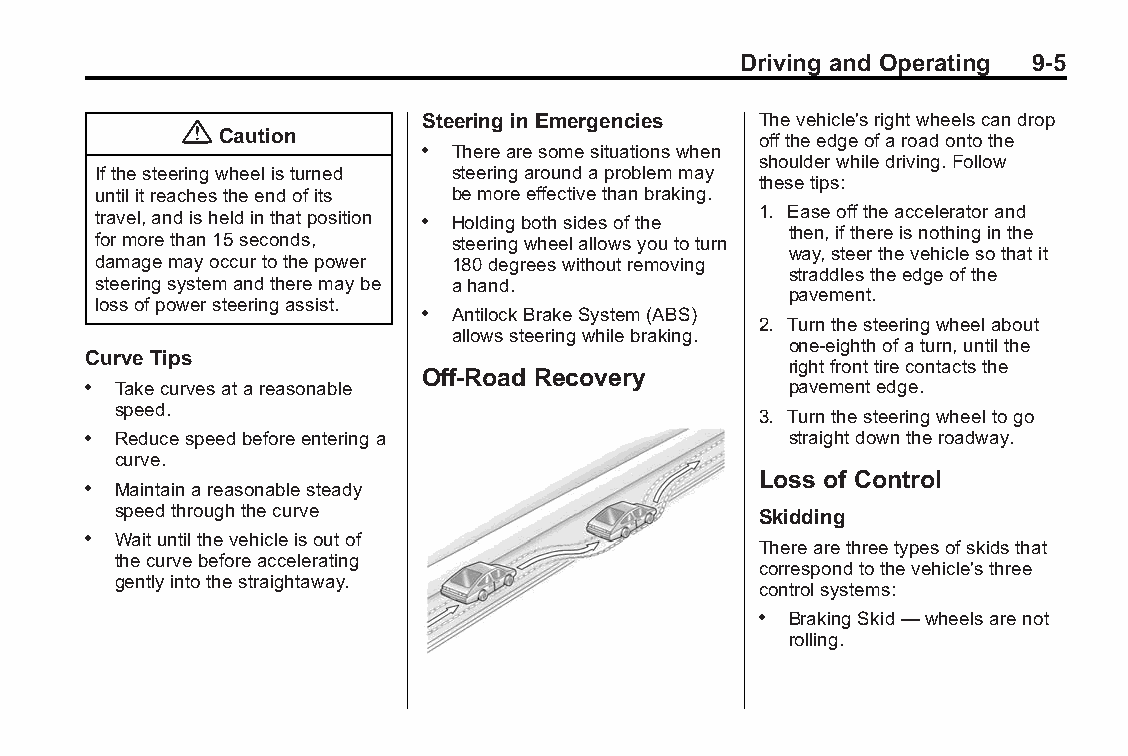
Buick LaCrosse Owner Manual (GMNA-Localizing-U.S./Canada/Mexico- Blackplate(5,1)
 6043609)-2014-2ndEdition-10/17/13
 Driving and Operating 9-5
 Steering inEmergencies Thevehicle'srightwheelscandrop
 {
 Caution                             offtheedgeofaroadontothe
 . Therearesomesituationswhen
 shoulderwhiledriving.Follow
 Ifthesteeringwheelisturned steeringaroundaproblemmay
 thesetips:
 untilitreachestheendofits bemoreeffectivethanbraking.
 travel,andisheldinthatposition . Holdingbothsidesofthe 1. Easeofftheacceleratorand
 then,ifthereisnothinginthe
 formorethan15seconds,   steeringwheelallowsyoutoturn
 way,steerthevehiclesothatit
 damagemayoccurtothepower 180degreeswithoutremoving
 straddlestheedgeofthe
 steeringsystemandtheremaybe ahand.
 pavement.
 lossofpowersteeringassist.
 . AntilockBrakeSystem(ABS)
 2. Turnthesteeringwheelabout
 allowssteeringwhilebraking.
 one-eighthofaturn,untilthe
 Curve Tips
 rightfronttirecontactsthe
 Off-Road Recovery
 . Takecurvesatareasonable                      pavementedge.
 speed.
 3. Turnthesteeringwheeltogo
 . Reducespeedbeforeenteringa                   straightdowntheroadway.
 curve.
 Loss of Control
 . Maintainareasonablesteady
 speedthroughthecurve                       Skidding
 . Waituntilthevehicleisoutof
 Therearethreetypesofskidsthat
 thecurvebeforeaccelerating
 correspondtothevehicle'sthree
 gentlyintothestraightaway.
 controlsystems:
 . BrakingSkid—wheelsarenot
 rolling.